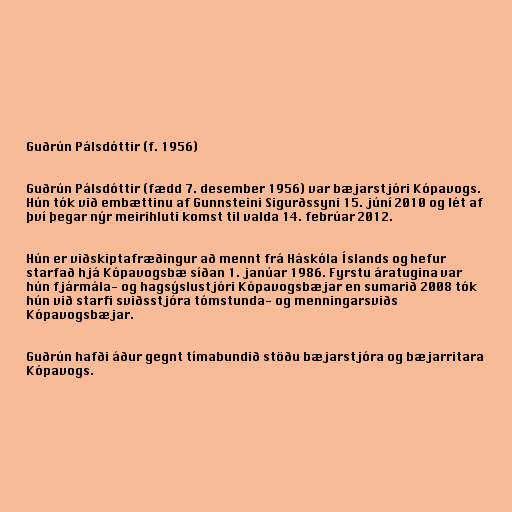
Guðrún Pálsdóttir (f. 1956)

Guðrún Pálsdóttir (fædd 7. desember 1956) var bæjarstjóri Kópavogs.
Hún tók við embættinu af Gunnsteini Sigurðssyni 15. júní 2010 og lét af
því þegar nýr meirihluti komst til valda 14. febrúar 2012.

Hún er viðskiptafræðingur að mennt frá Háskóla Íslands og hefur
starfað hjá Kópavogsbæ síðan 1. janúar 1986. Fyrstu áratugina var
hún fjármála- og hagsýslustjóri Kópavogsbæjar en sumarið 2008 tók
hún við starfi sviðsstjóra tómstunda- og menningarsviðs
Kópavogsbæjar.

Guðrún hafði áður gegnt tímabundið stöðu bæjarstjóra og bæjarritara
Kópavogs.